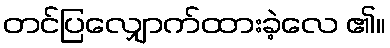
တင်ပြလျှောက်ထားခဲ့လေ ၏။